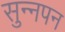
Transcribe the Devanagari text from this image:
सुन्नपन